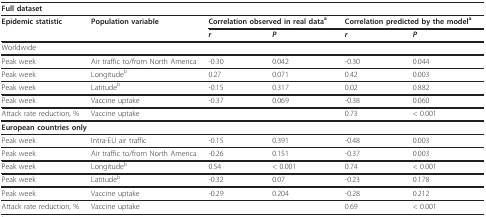
| <COLSPAN=6> Full dataset |
 | --- | --- | --- | --- | --- | --- |
 | Epidemic statistic | Population variable | <COLSPAN=2> Correlation observed in real dataa | <COLSPAN=2> Correlation predicted by the modela |
 |  |  | r | P | r | P |
 | Worldwide |  |  |  |  |  |
 | Peak week | Air traffic to/from North America | -0.30 | 0.042 | -0.30 | 0.044 |
 | Peak week | Longitudeb | 0.27 | 0.071 | 0.42 | 0.003 |
 | Peak week | Latitudeb | -0.15 | 0.317 | 0.02 | 0.882 |
 | Peak week | Vaccine uptake | -0.37 | 0.069 | -0.38 | 0.060 |
 | Attack rate reduction, % | Vaccine uptake |  |  | 0.73 | < 0.001 |
 | <COLSPAN=6> European countries only |
 | Peak week | Intra-EU air traffic | -0.15 | 0.391 | -0.48 | 0.003 |
 | Peak week | Air traffic to/from North America | -0.26 | 0.151 | -0.37 | 0.003 |
 | Peak week | Longitudeb | 0.54 | < 0.001 | 0.74 | < 0.001 |
 | Peak week | Latitudeb | -0.32 | 0.07 | -0.23 | 0.178 |
 | Peak week | Vaccine uptake | -0.29 | 0.204 | -0.28 | 0.212 |
 | Attack rate reduction, % | Vaccine uptake |  |  | 0.69 | < 0.001 |